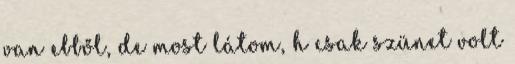
van ebből, de most látom, h csak szünet volt